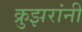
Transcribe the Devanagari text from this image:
क्रुझरांनी